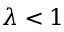
\lambda < 1